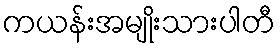
ကယန်းအမျိုးသားပါတီ